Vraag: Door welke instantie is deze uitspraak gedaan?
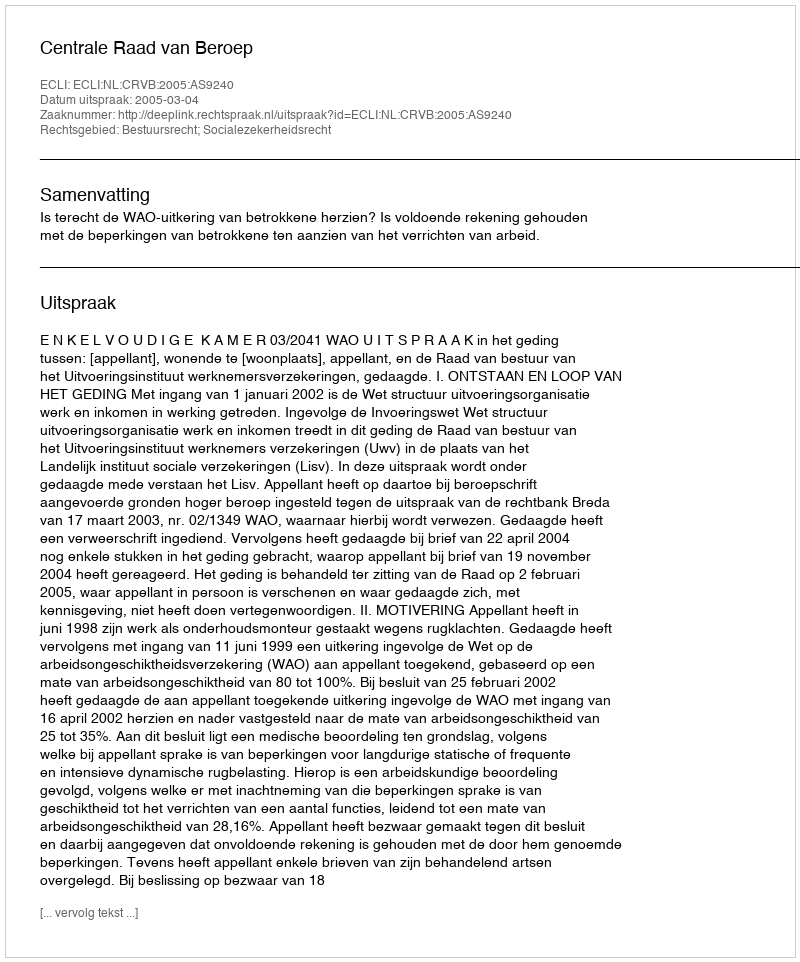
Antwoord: Centrale Raad van Beroep